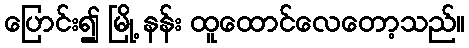
ပြောင်း၍ မြို့ နန်း ထူထောင်လေတော့သည်။